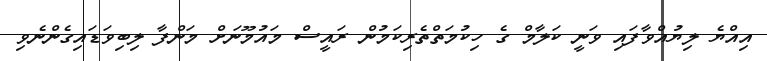
އިއްޔެ ލިޔުއްވާފައި ވަނީ ކަލާމް ގެ ހިކުމަތްތެރިކަމުން ރައީސް މައުމޫނަށް މަންފާ ލިބިވަޑައިގެންނެވި